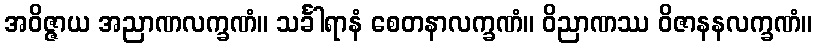
အဝိဇ္ဇာယ အညာဏလက္ခဏံ။ သင်္ခါရာနံ စေတနာလက္ခဏံ။ ဝိညာဏဿ ဝိဇာနနလက္ခဏံ။